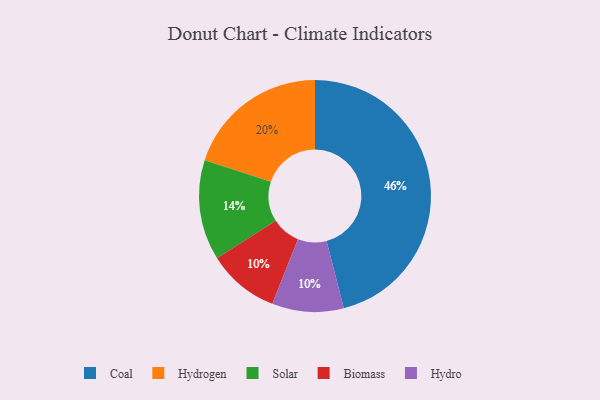
{"axis": {"x": "Category", "y": "Percentage"}, "legend": ["Biomass", "Coal", "Hydro", "Hydrogen", "Solar"], "data": [{"x": "Coal", "y": 46, "type": "Coal"}, {"x": "Biomass", "y": 10, "type": "Biomass"}, {"x": "Solar", "y": 14, "type": "Solar"}, {"x": "Hydrogen", "y": 20, "type": "Hydrogen"}, {"x": "Hydro", "y": 10, "type": "Hydro"}]}